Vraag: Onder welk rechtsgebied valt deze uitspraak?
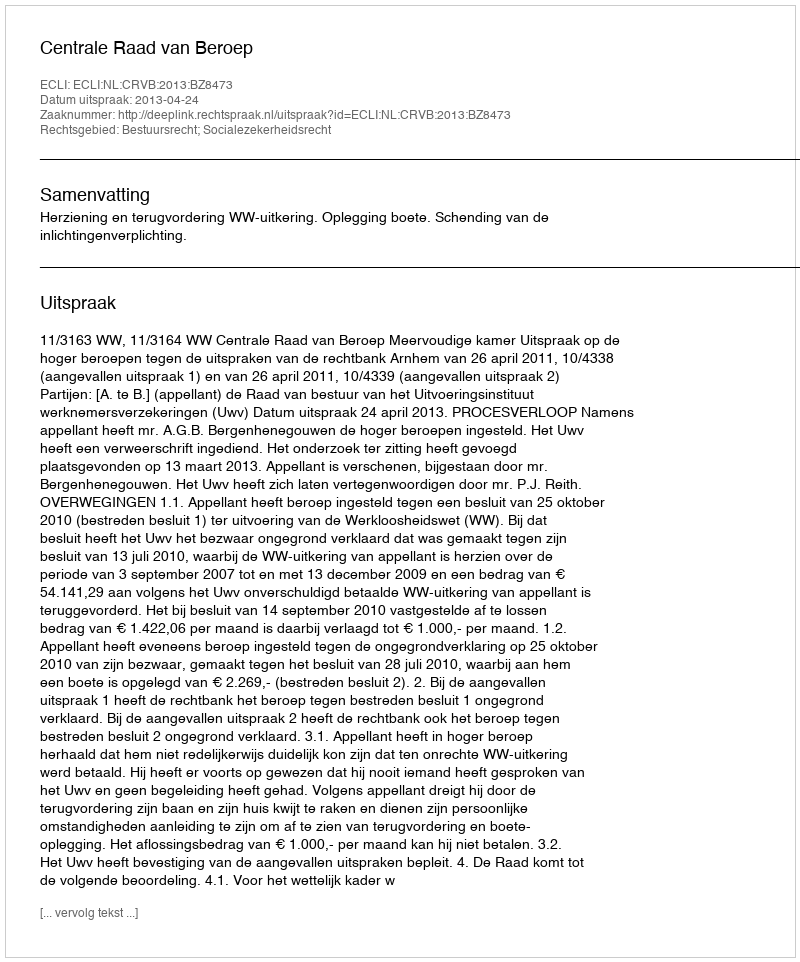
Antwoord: Bestuursrecht; Socialezekerheidsrecht